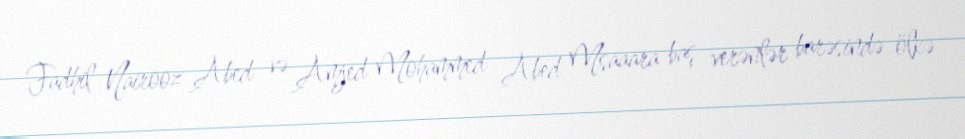
Fadhil Nairooz Abed və Amjed Mohammed Abed Msaaara baş verənlər barəsində ölkə